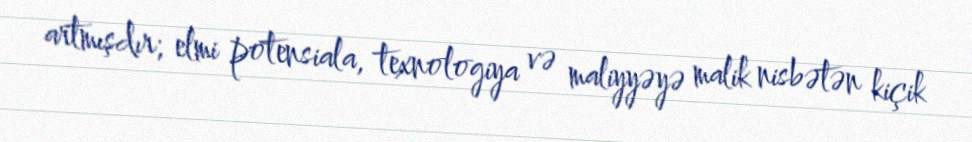
artmışdır; elmi potensiala, texnologiya və maliyyəyə malik nisbətən kiçik